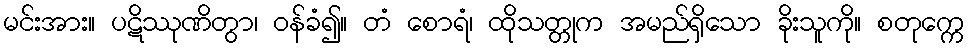
မင်းအား။ ပဋိဿုဏိတွာ၊ ဝန်ခံ၍။ တံ စောရံ၊ ထိုသတ္တုက အမည်ရှိသော ခိုးသူကို။ စတုက္ကေ